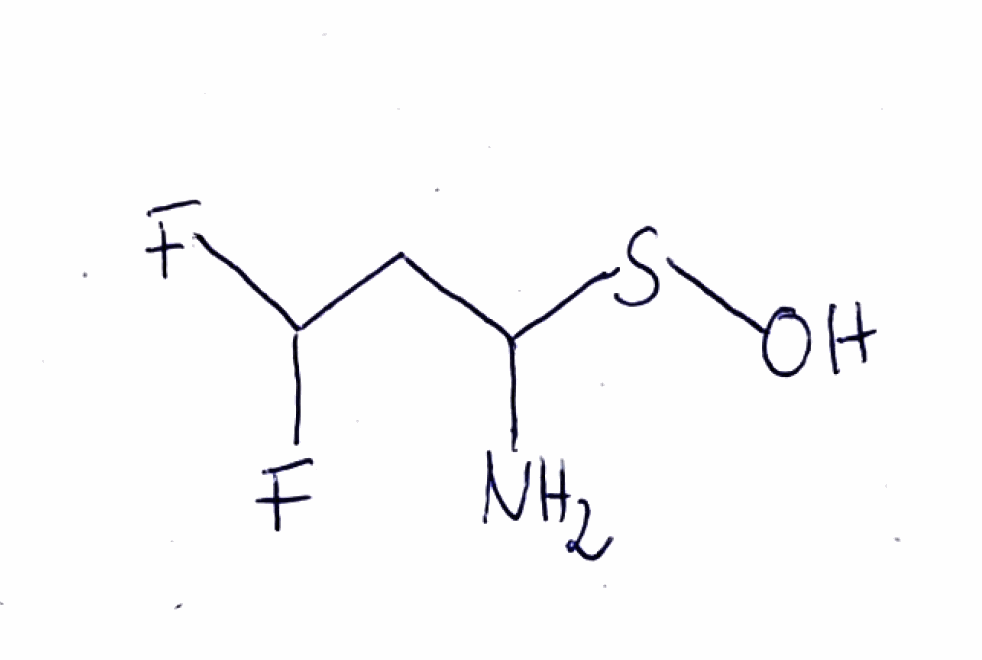
Simplified molecular-input line-entry system (SMILES) notation of the given molecule:
C(C(N)SO)C(F)F